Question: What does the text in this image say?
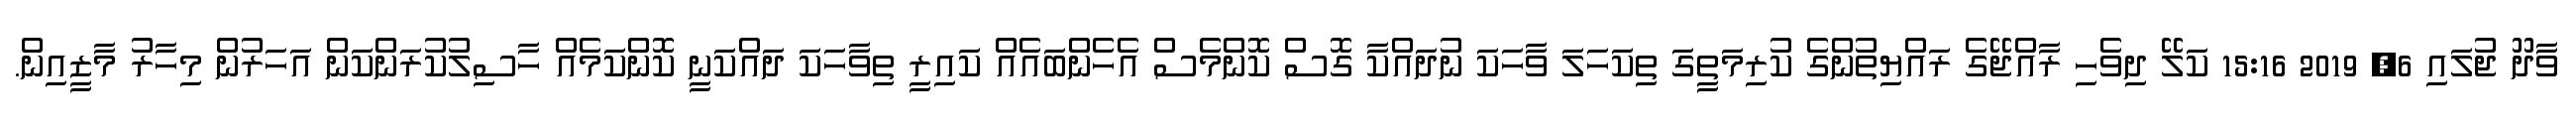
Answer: ވާދޫ ޖުލައި 6, 2019 15:16 ކަލޭ ދިވެހި ރާއްޖޭގެ ރައްޔިތުންގެ ކުރިމަތީގަ ތިކަހަލަ ވާހަކަ ނުދައްކާ ގޮސް ކޮންމެސް އެހެންބައެއް ކައިރީ ތިވާހަކަ ދައްކަނީ ކޮންކަމެއް ހާސިލުކުރަންކަން އަހަރުން މިހާރު މާޒީއިން.